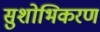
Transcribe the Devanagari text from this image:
सुशोभिकरण